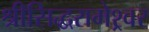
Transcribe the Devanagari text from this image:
श्रीसिद्धरामेश्र्वर